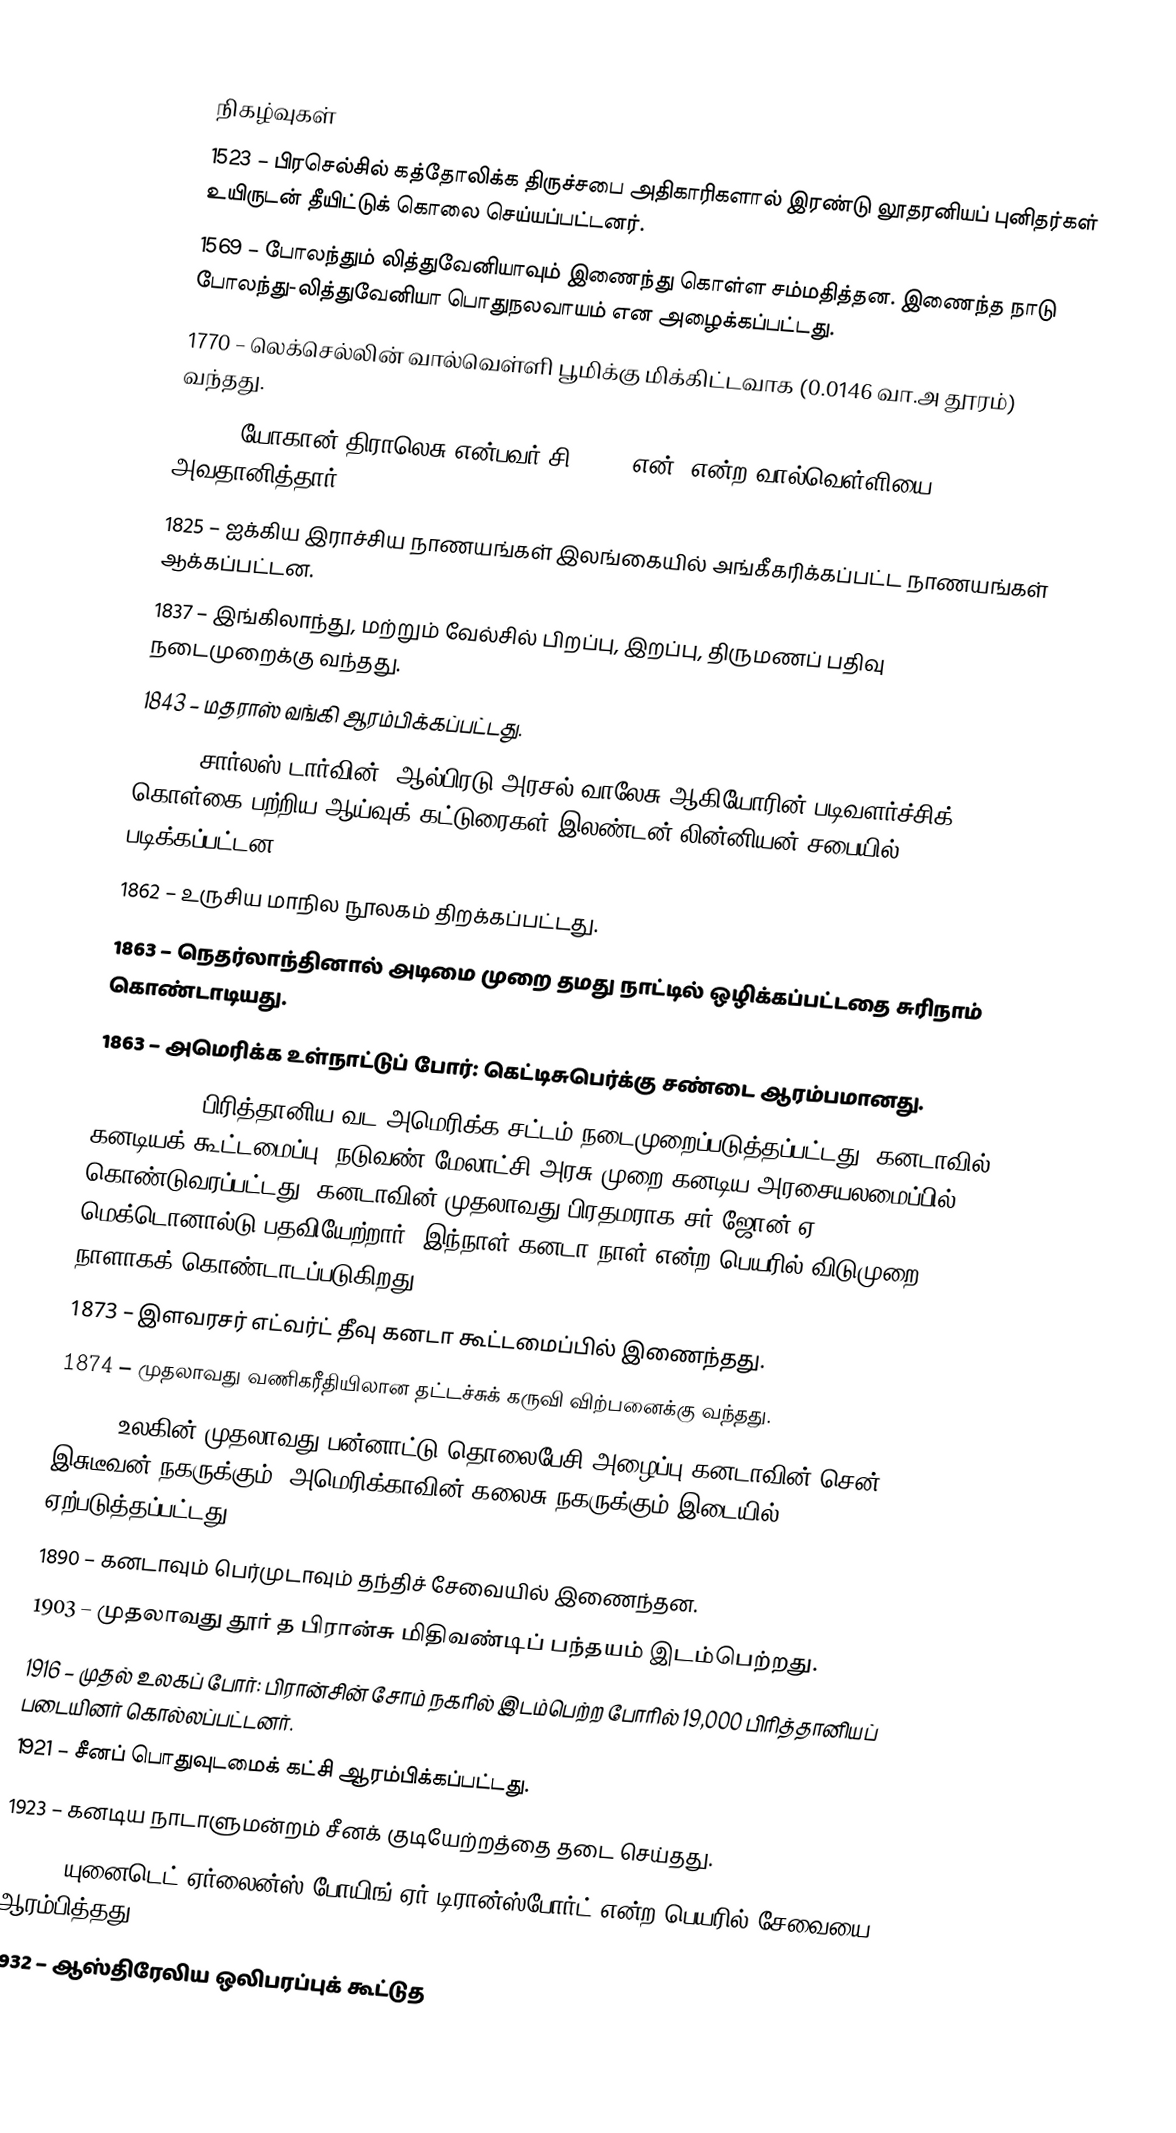

நிகழ்வுகள்
1523 – பிரசெல்சில் கத்தோலிக்க திருச்சபை அதிகாரிகளால் இரண்டு லூதரனியப் புனிதர்கள் உயிருடன் தீயிட்டுக் கொலை செய்யப்பட்டனர்.
1569 – போலந்தும் லித்துவேனியாவும் இணைந்து கொள்ள சம்மதித்தன. இணைந்த நாடு போலந்து-லித்துவேனியா பொதுநலவாயம் என அழைக்கப்பட்டது.
1770 – லெக்செல்லின் வால்வெள்ளி பூமிக்கு மிக்கிட்டவாக (0.0146 வா.அ தூரம்) வந்தது.
1819 – யோகான் திராலெசு என்பவர் சிC/1819 என்1 என்ற வால்வெள்ளியை அவதானித்தார்.
1825 – ஐக்கிய இராச்சிய நாணயங்கள் இலங்கையில் அங்கீகரிக்கப்பட்ட நாணயங்கள் ஆக்கப்பட்டன.
1837 – இங்கிலாந்து, மற்றும் வேல்சில் பிறப்பு, இறப்பு, திருமணப் பதிவு நடைமுறைக்கு வந்தது.
1843 – மதராஸ் வங்கி ஆரம்பிக்கப்பட்டது.
1858 – சார்லஸ் டார்வின், ஆல்பிரடு அரசல் வாலேசு ஆகியோரின் படிவளர்ச்சிக் கொள்கை பற்றிய ஆய்வுக் கட்டுரைகள் இலண்டன் லின்னியன் சபையில் படிக்கப்பட்டன.
1862 – உருசிய மாநில நூலகம் திறக்கப்பட்டது.
1863 – நெதர்லாந்தினால் அடிமை முறை தமது நாட்டில் ஒழிக்கப்பட்டதை சுரிநாம் கொண்டாடியது.
1863 – அமெரிக்க உள்நாட்டுப் போர்: கெட்டிசுபெர்க்கு சண்டை ஆரம்பமானது.
1867 – 1867 பிரித்தானிய வட அமெரிக்க சட்டம் நடைமுறைப்படுத்தப்பட்டது. கனடாவில் கனடியக் கூட்டமைப்பு, நடுவண் மேலாட்சி அரசு முறை கனடிய அரசையலமைப்பில் கொண்டுவரப்பட்டது. கனடாவின் முதலாவது பிரதமராக சர் ஜோன் ஏ. மெக்டொனால்டு பதவியேற்றார். இந்நாள் கனடா நாள் என்ற பெயரில் விடுமுறை நாளாகக் கொண்டாடப்படுகிறது.
1873 – இளவரசர் எட்வர்ட் தீவு கனடா கூட்டமைப்பில் இணைந்தது.
1874 – முதலாவது வணிகரீதியிலான தட்டச்சுக் கருவி விற்பனைக்கு வந்தது.
1881 – உலகின் முதலாவது பன்னாட்டு தொலைபேசி அழைப்பு கனடாவின் சென். இசுடீவன் நகருக்கும், அமெரிக்காவின் கலைசு நகருக்கும் இடையில் ஏற்படுத்தப்பட்டது.
1890 – கனடாவும் பெர்முடாவும் தந்திச் சேவையில் இணைந்தன.
1903 – முதலாவது தூர் த பிரான்சு மிதிவண்டிப் பந்தயம் இடம்பெற்றது.
1916 – முதல் உலகப் போர்: பிரான்சின் சோம் நகரில் இடம்பெற்ற போரில் 19,000 பிரித்தானியப் படையினர் கொல்லப்பட்டனர்.
1921 – சீனப் பொதுவுடமைக் கட்சி ஆரம்பிக்கப்பட்டது.
1923 – கனடிய நாடாளுமன்றம் சீனக் குடியேற்றத்தை தடை செய்தது.
1931 – யுனைடெட் ஏர்லைன்ஸ் போயிங் ஏர் டிரான்ஸ்போர்ட் என்ற பெயரில் சேவையை ஆரம்பித்தது.
1932 – ஆஸ்திரேலிய ஒலிபரப்புக் கூட்டுத